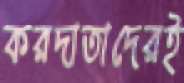
করদাতাদেরই